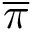
\overline { { \pi } }